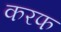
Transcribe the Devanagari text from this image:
करफ